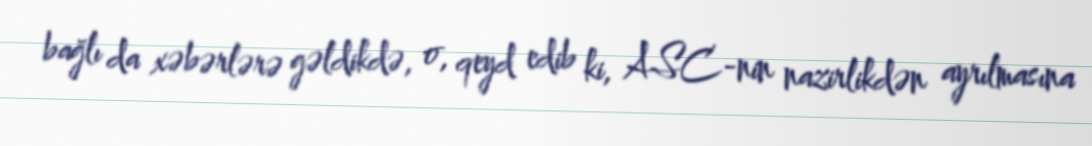
bağlı da xəbərlərə gəldikdə, o, qeyd edib ki, ASC-nin nazirlikdən ayrılmasına